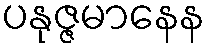
ပနုဇ္ဇမာနေန